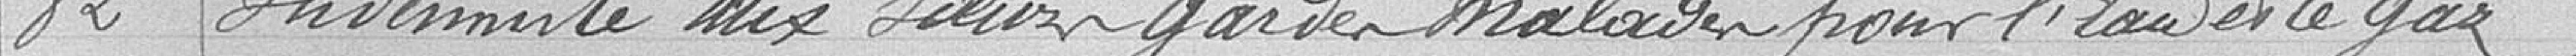
82 Indemnité aux sœurs gardes malades pour l'eau et le gaz